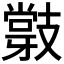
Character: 𭣝